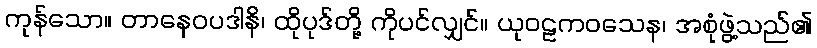
ကုန်သော။ တာနေဝပဒါနိ၊ ထိုပုဒ်တို့ ကိုပင်လျှင်။ ယုဝဠကဝသေန၊ အစုံဖွဲ့သည်၏